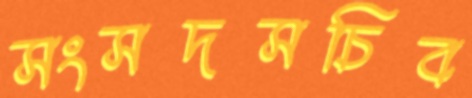
সংসদসচিব